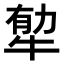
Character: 𤙼